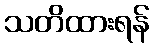
သတိထားရန်